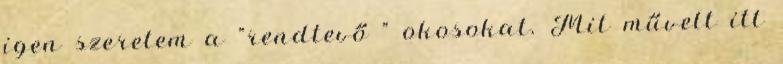
igen szeretem a "rendtevő " okosokat. Mit művelt itt